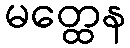
မတ္ထေန